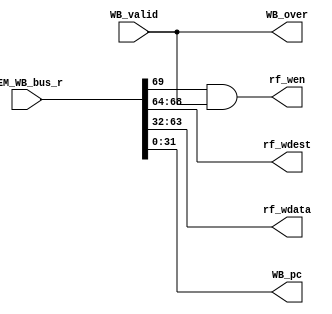
`timescale 1ns / 1ps
//////////////////////////////////////////////////////////////////////////////////
// Company: 
// Engineer: 
// 
// Design Name: 
// Module Name: wb
// Project Name: 
// Target Devices: 
// Tool Versions: 
// Description: 
// 
// Dependencies: 
// 
// Revision:
// Revision 0.01 - File Created
// Additional Comments:
// 
//////////////////////////////////////////////////////////////////////////////////


module wb( // 
 input WB_valid, // 
 input [69:0] MEM_WB_bus_r, // MEM->WB 
 output rf_wen, // 
 output [ 4:0] rf_wdest, // 
 output [31:0] rf_wdata, // 
 output WB_over, // WB 

 //PC
 output [ 31:0] WB_pc
 );
 //-----{MEM->WB }begin
 //
 wire wen;
 wire [4:0] wdest;

 //MEM result
 wire [31:0] mem_result;

 //pc
 wire [31:0] pc;
 assign {wen,wdest,mem_result,pc} = MEM_WB_bus_r;
 //-----{MEM->WB }end

 //-----{WB }begin
 //WB /
 //
 //WB_valid WB_over 
 assign WB_over = WB_valid;
 //-----{WB }end

 //-----{WB->regfile }begin
 assign rf_wen = wen & WB_valid;
 assign rf_wdest = wdest;
 assign rf_wdata = mem_result;
 //-----{WB->regfile }end

 //-----{WB PC }begin
 assign WB_pc = pc;
 //-----{WB PC }end
 endmodule